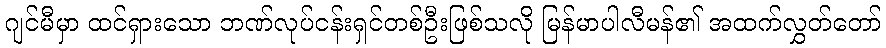
ဂျင်မီမှာ ထင်ရှားသော ဘဏ်လုပ်ငန်းရှင်တစ်ဦးဖြစ်သလို မြန်မာပါလီမန်၏ အထက်လွှတ်တော်